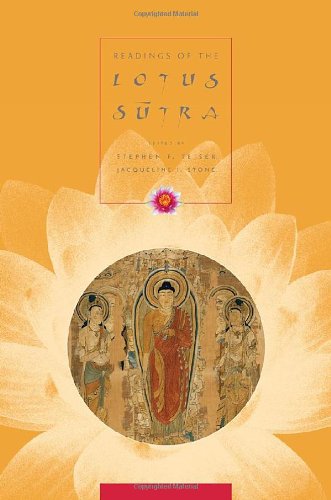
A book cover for Readings of the Lotus Sutra (Columbia Readings of Buddhist Literature); Religion & Spirituality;